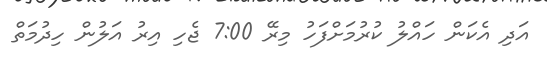
އަދި އެކަން ހައްލު ކުރުމަށްފަހު މިރޭ 7:00 ޖެހި އިރު އަލުން ހިދުމަތް